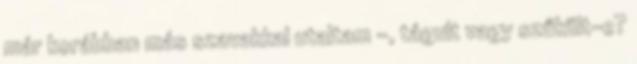
már korábban más szavakkal utaltam –, tágult vagy szűkült-e?